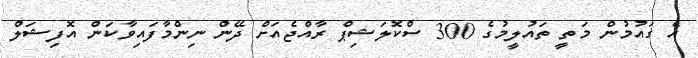
އެ ގައުމުން މަތީ ތައުލީމުގެ 300 ސްކޮލަޝިޕް ރާއްޖެއަށް ދޭން ނިންމާފައިވާކަން އޮފިޝަލް